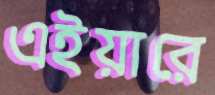
এইয়ারে